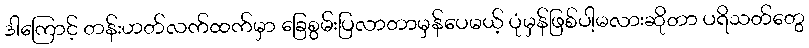
ဒါကြောင့် တန်းဟတ်လက်ထက်မှာ ခြေစွမ်းပြလာတာမှန်ပေမယ့် ပုံမှန်ဖြစ်ပါ့မလားဆိုတာ ပရိသတ်တွေ